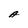
Character: A